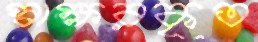
স্বাক্ষরকৃত